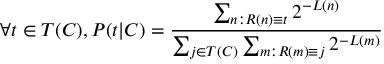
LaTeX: \forall t \in T ( C ) , P ( t | C ) = { \frac { \sum _ { n : R ( n ) \equiv t } 2 ^ { - L ( n ) } } { \sum _ { j \in T ( C ) } \sum _ { m : R ( m ) \equiv j } 2 ^ { - L ( m ) } } }